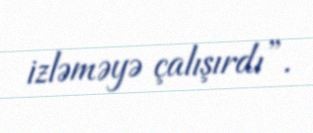
izləməyə çalışırdı”.